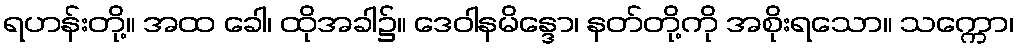
ရဟန်းတို့။ အထ ခေါ၊ ထိုအခါ၌။ ဒေဝါနမိန္ဒော၊ နတ်တို့ကို အစိုးရသော။ သက္ကော၊